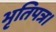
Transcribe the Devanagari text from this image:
भृतिपत्र।